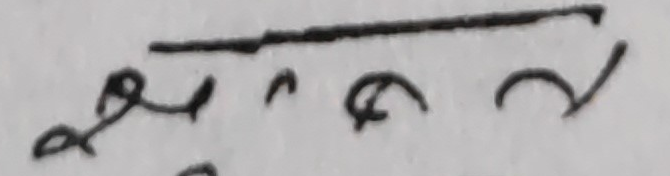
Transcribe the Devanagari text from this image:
खर्च